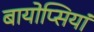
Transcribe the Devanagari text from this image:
बायोप्सियां